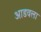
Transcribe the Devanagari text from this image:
आडवला